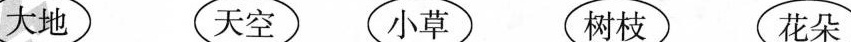
大地 天空 小草 树枝 花朵